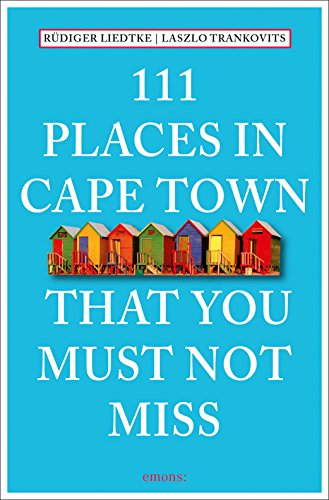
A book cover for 111 Places in Cape Town That You Must Not Miss; RÃ¼diger Liedtke; Travel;